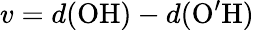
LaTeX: v=d(\mathrm{OH})-d(\mathrm{O^{\prime}H})